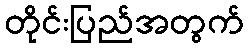
တိုင်းပြည်အတွက်